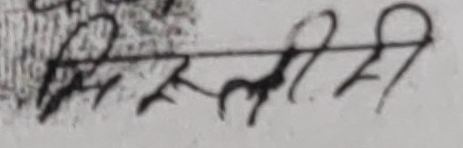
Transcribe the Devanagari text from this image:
जिम्मेवारी